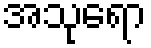
အသုရော